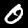
Label: 0